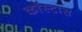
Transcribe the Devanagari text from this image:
कॉस्टास